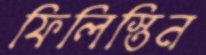
ফিলিস্তিন